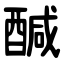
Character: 醎